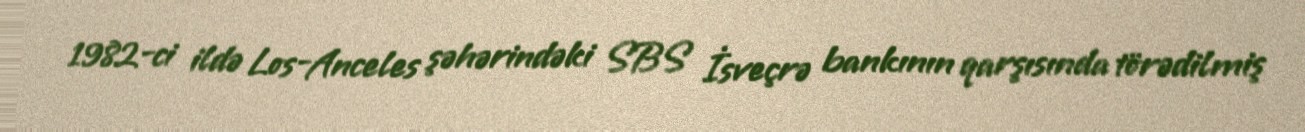
1982-ci ildə Los-Anceles şəhərindəki SBS İsveçrə bankının qarşısında törədilmiş